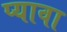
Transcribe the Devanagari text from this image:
प्यावा